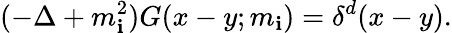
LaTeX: (-\Delta+m_{\mathbf{i}}^{2})G(x-y;m_{\mathbf{i}})=\delta^{d}(x-y).